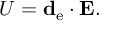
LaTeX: U = \mathbf { d } _ { \mathrm { { e } } } \cdot \mathbf { E } .